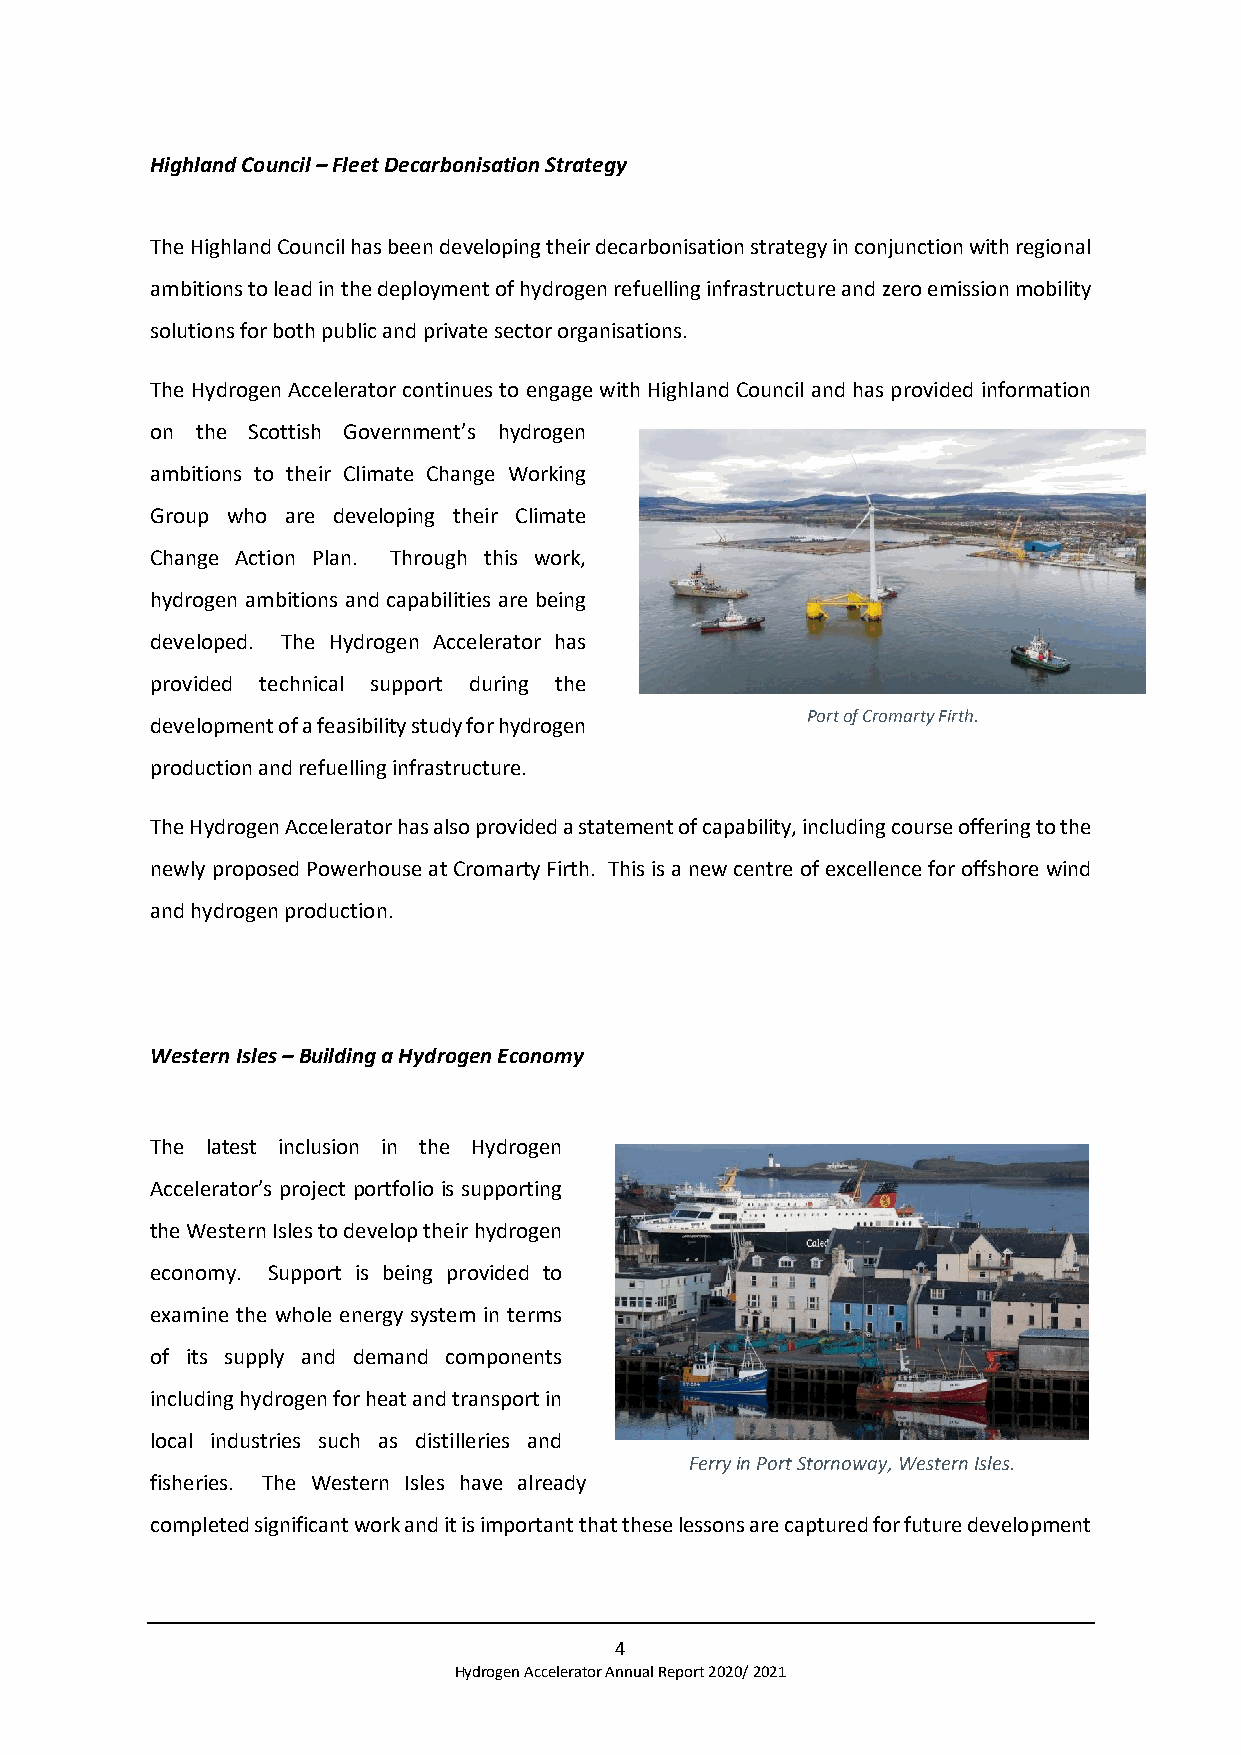
Highland Council – Fleet Decarbonisation Strategy
 The Highland Council has been developing their decarbonisation strategy in conjunction with regional
 ambitions to lead in the deployment of hydrogen refuelling infrastructure and zero emission mobility
 solutions for both public and private sector organisations.
 The Hydrogen Accelerator continues to engage with Highland Council and has provided information
 on the Scottish Government’s hydrogen
 ambitions to their Climate Change Working
 Group who are developing their Climate
 Change Action Plan. Through this work,
 hydrogen ambitions and capabilities are being
 developed. The Hydrogen Accelerator has
 provided technical support during the
 Port of Cromarty Firth.
 development of a feasibility study for hydrogen
 production and refuelling infrastructure.
 The Hydrogen Accelerator has also provided a statement of capability, including course offering to the
 newly proposed Powerhouse at Cromarty Firth. This is a new centre of excellence for offshore wind
 and hydrogen production.
 Western Isles – Building a Hydrogen Economy
 The latest inclusion in the Hydrogen
 Accelerator’s project portfolio is supporting
 the Western Isles to develop their hydrogen
 economy. Support is being provided to
 examine the whole energy system in terms
 of its supply and demand components
 including hydrogen for heat and transport in
 local industries such as distilleries and
 Ferry in Port Stornoway, Western Isles.
 fisheries. The Western Isles have already
 completed significant work and it is important that these lessons are captured for future development
 4
 Hydrogen Accelerator Annual Report 2020/ 2021